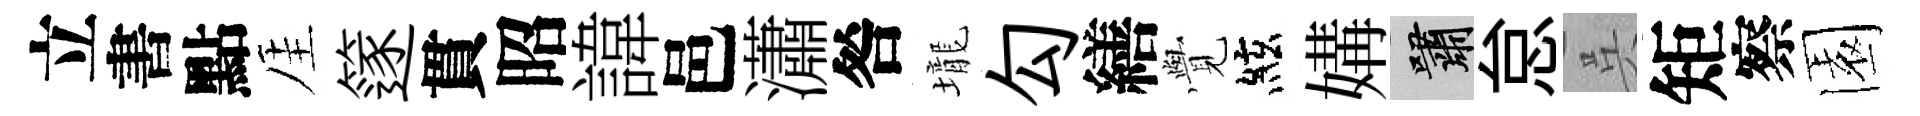
立書點厓篴貫昭諱邑瀟咎壠勾繕𮗜絃媾嘯怠呉矩察園